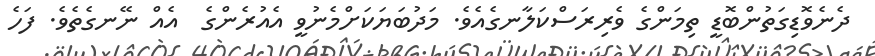
ދެނެވޮޑިގަތުންބޮޑީ ތިމަންގެ ވެރިރަސްކަލާނގެއެވެ. މަދުބަޔަކަށްމެނުވީ އެއުރެންގެ  އެއް ނޭނގެތެވެ. ފަހެ